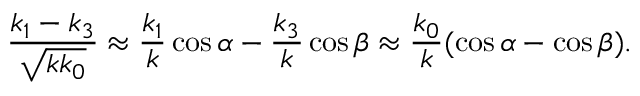
\frac { k _ { 1 } - k _ { 3 } } { \sqrt { k k _ { 0 } } } \approx \frac { k _ { 1 } } { k } \cos \alpha - \frac { k _ { 3 } } { k } \cos \beta \approx \frac { k _ { 0 } } { k } ( \cos \alpha - \cos \beta ) .